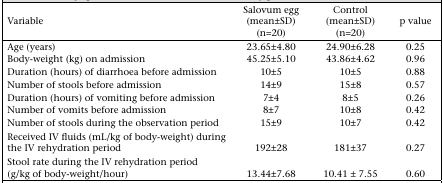
<table><thead><tr><td><b>Variable</b></td><td><b>Salovum egg (mean±SD) (n=20)</b></td><td><b>Control (mean±SD) (n=20)</b></td><td><b>p value</b></td></tr></thead><tbody><tr><td>Age (years)</td><td>23.65±4.80</td><td>24.90±6.28</td><td>0.25</td></tr><tr><td>Body-weight (kg) on admission</td><td>45.25±5.10</td><td>43.86±4.62</td><td>0.96</td></tr><tr><td>Duration (hours) of diarrhoea before admission</td><td>10±5</td><td>10±5</td><td>0.88</td></tr><tr><td>Number of stools before admission</td><td>14±9</td><td>15±8</td><td>0.57</td></tr><tr><td>Duration (hours) of vomiting before admission</td><td>7±4</td><td>8±5</td><td>0.26</td></tr><tr><td>Number of vomits before admission</td><td>8±7</td><td>10±8</td><td>0.42</td></tr><tr><td>Number of stools during the observation period</td><td>15±9</td><td>10±7</td><td>0.42</td></tr><tr><td>Received IV fluids (mL/kg of body-weight) during the IV rehydration period</td><td>192±28</td><td>181±37</td><td>0.27</td></tr><tr><td>Stool rate during the IV rehydration period (g/kg of body-weight/hour)</td><td>13.44±7.68</td><td>10.41 ± 7.55</td><td>0.60</td></tr></tbody></table>